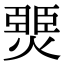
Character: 燛